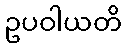
ဥပဝါယတိ